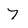
Character: 7